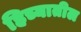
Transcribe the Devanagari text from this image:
हिच्यातील